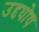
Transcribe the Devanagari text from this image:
उद्दघोष